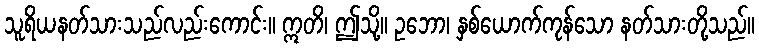
သူရိယနတ်သားသည်လည်းကောင်း။ ဣတိ၊ ဤသို့။ ဥဘော၊ နှစ်ယောက်ကုန်သော နတ်သားတို့သည်။